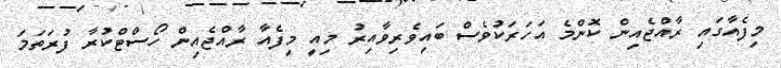
މިފެއާގައި ރާއްޖެއިން ކޮންމެ އަހަރަކުވެސް ބައިވެރިވާއިރު މިއީ މިފެއާ ރާއްޖެއިން ހޯސްޓްކުރާ ފުރަތަމަ